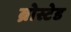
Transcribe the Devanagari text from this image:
ब्रोस्टेड